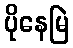
ပိုနေမြဲ